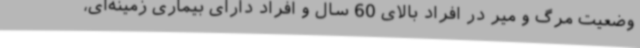
وضعیت مرگ و میر در افراد بالای 60 سال و افراد دارای بیماری زمینه‌ای،